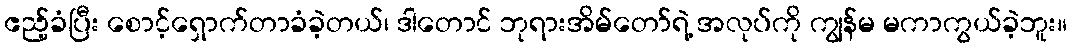
ဧည့်ခံပြီး စောင့်ရှောက်တာခံခဲ့တယ်၊ ဒါတောင် ဘုရားအိမ်တော်ရဲ့ အလုပ်ကို ကျွန်မ မကာကွယ်ခဲ့ဘူး။